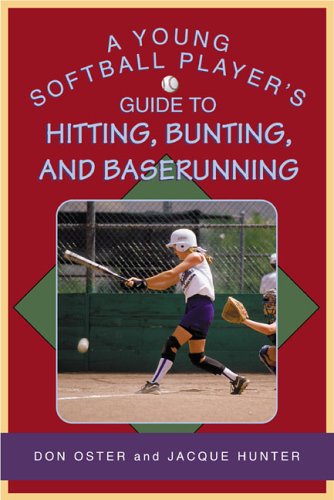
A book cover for A Young Softball Player's Guide to Hitting, Bunting, and Baserunning (Young Player's); Don Oster; Sports & Outdoors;